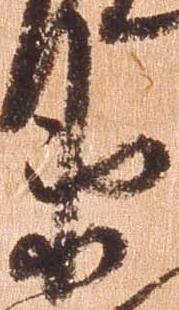
衛